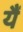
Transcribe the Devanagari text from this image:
यैं